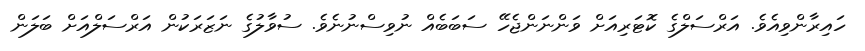
ހައިރާންވިއެވެ. އަރްސަލްގެ ކޮޓަރިއަށް ވަންނަންޖެހޭ ސަބަބެއް ނުވިސްނުނެވެ. ސުވާލުގެ ނަޒަރަކުން އަރްސަލްއަށް ބަލަން